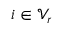
i \in \mathcal { V } _ { r }